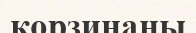
корзинаны